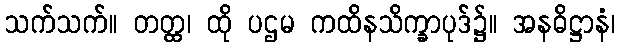
သက်သက်။ တတ္ထ၊ ထို ပဌမ ကထိနသိက္ခာပုဒ်၌။ အနဓိဋ္ဌာနံ၊